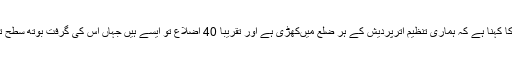
اے آئی ایم آئی ایم کا کہنا ہے کہ ہماری تنظیم اترپردیش کے ہر ضلع میںکھڑی ہے اور تقریباً 40 اضلاع تو ایسے ہیں جہاں اس کی گرفت بوتھ سطح تک پہنچ چکی ہے۔